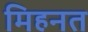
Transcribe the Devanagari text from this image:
मिहनत